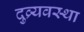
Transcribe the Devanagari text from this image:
दुव्र्यवस्था